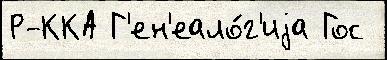
Р-ККА Г'ен'еало́г'иjа Гос